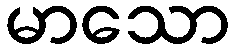
မာသော